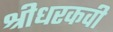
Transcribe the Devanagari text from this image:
श्रीधरकवी